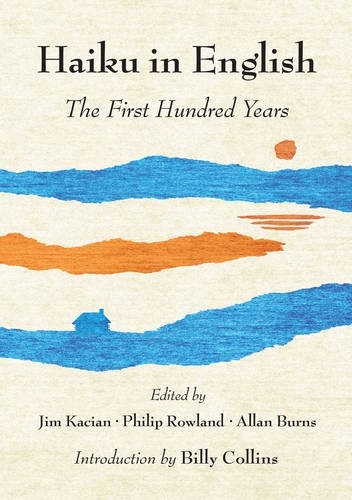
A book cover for Haiku in English: The First Hundred Years; Literature & Fiction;